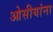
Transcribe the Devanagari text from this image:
ओसीयांना